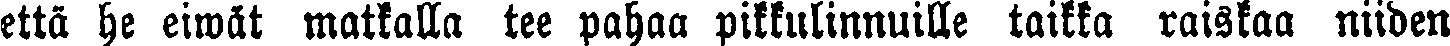
että he eiwät matkalla tee pahaa pikkulinnuille taikka raiskaa niiden